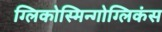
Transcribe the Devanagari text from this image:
ग्लिकोस्मिन्गोग्लिकंस